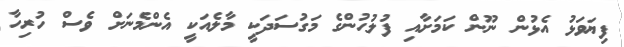
ފިޔަވަޅު އެޅުން ނޫން ކަމަށާއި ފުލުހުންގެ މަގުސަދަކީ މާލެއަކީ އެންމެނަށް ވެސް ހުރިހާ